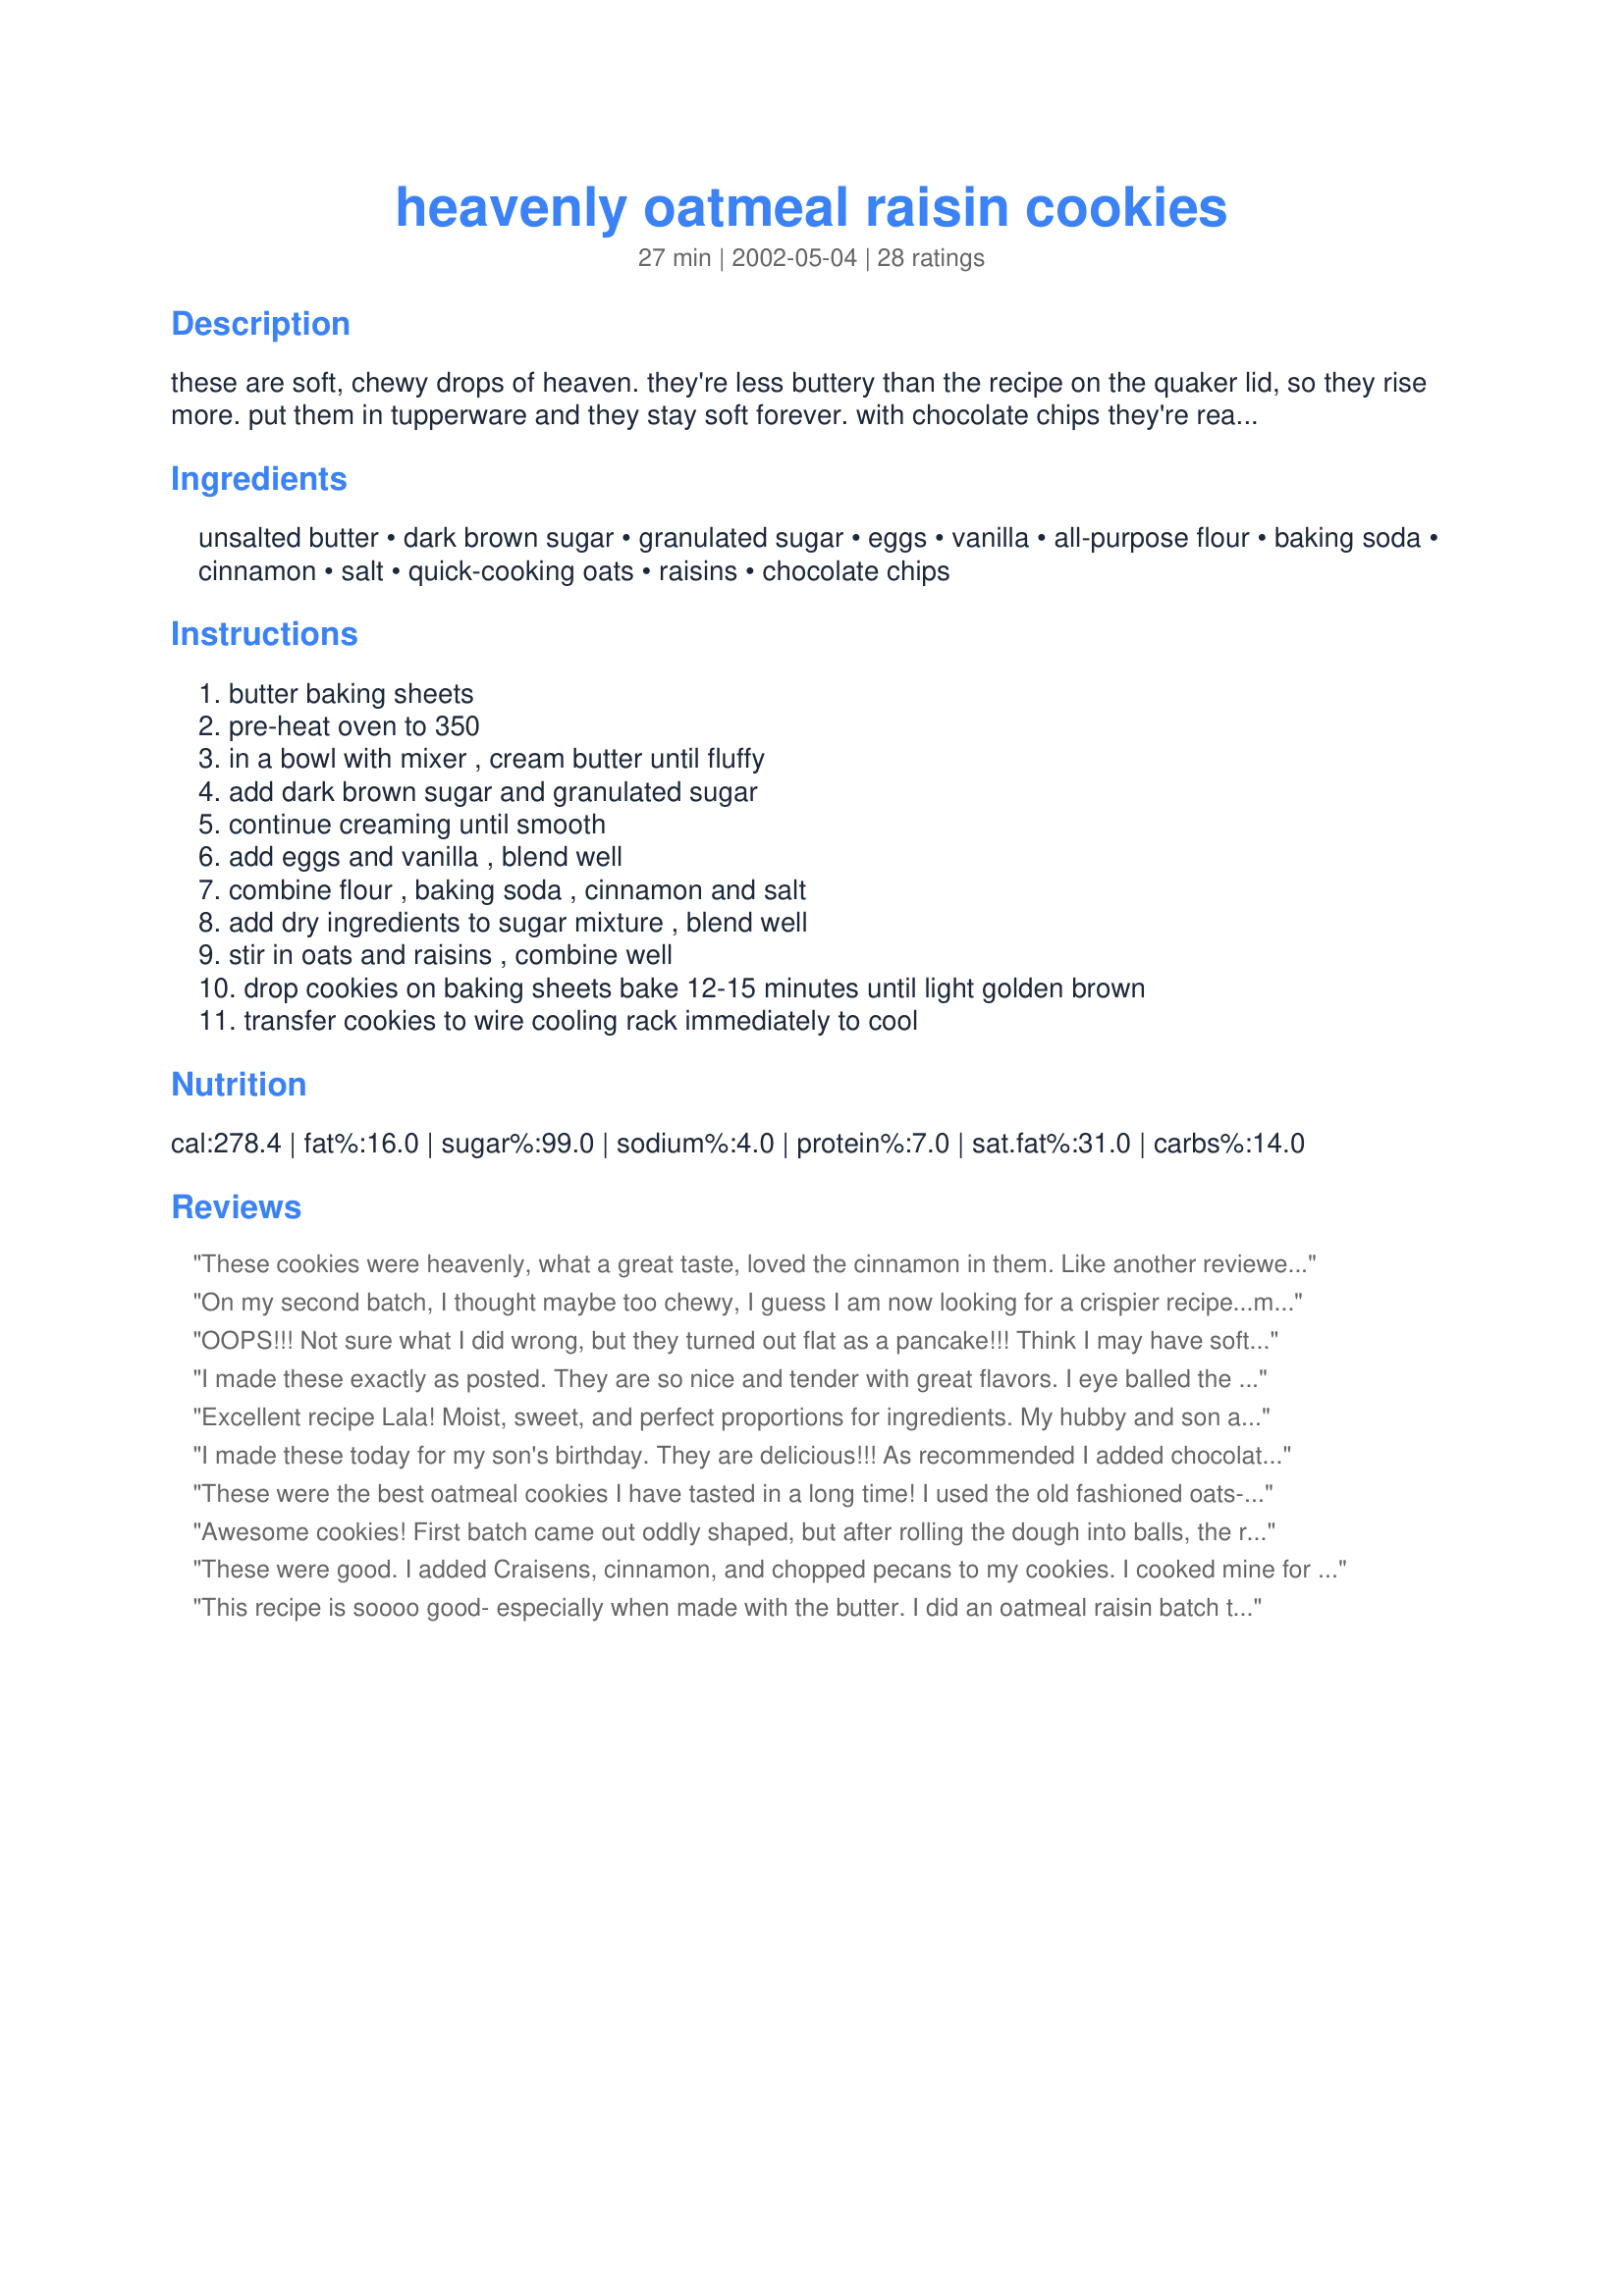
heavenly oatmeal raisin cookies
Preparation time: 27 minutes

these are soft, chewy drops of heaven. they're less buttery than the recipe on the quaker lid, so they rise more. put them in tupperware and they stay soft forever. with chocolate chips they're really sinful. they last a day in my house.

Ingredients:
unsalted butter, dark brown sugar, granulated sugar, eggs, vanilla, all-purpose flour, baking soda, cinnamon, salt, quick-cooking oats, raisins, chocolate chips

Steps:
butter baking sheets, pre-heat oven to 350, in a bowl with mixer , cream butter until fluffy, add dark brown sugar and granulated sugar, continue creaming until smooth, add eggs and vanilla , blend well, combine flour , baking soda , cinnamon and salt, add dry ingredients to sugar mixture , blend well, stir in oats and raisins , combine well, drop cookies on baking sheets bake 12-15 minutes until light golden brown, transfer cookies to wire cooling rack immediately to cool

Reviews:
These cookies were heavenly, what a great taste, loved the cinnamon in them. Like another reviewer posted, my first batch came out quite flat. I rolled them into balls on the next batch and they turned out perfect. The only subs I made were, I used light brown sugar, and I was out of butter so used margarine. You should have seen my family hit those cookies. They only lasted a day in my house too!
On my second batch, I thought maybe too chewy, I guess I am now looking for a crispier recipe...maybe it was a chef error, but I just didnt think they were so fantastic this time!
OOPS!!! Not sure what I did wrong, but they turned out flat as a pancake!!! Think I may have softened my butter too much? GREAT flavor though ( ate it with a fork when it came out of the oven. YUM) Could see how they would be heavenly if you make them right! Nobodys fault but my own :)
I made these exactly as posted. They are so nice and tender with great flavors. I eye balled the raisins so I might have added a few extra. I think next time I will add chocolate chips as well. Definately going in the keeper files. Thank you.
Excellent recipe Lala! Moist, sweet, and perfect proportions for ingredients. My hubby and son are allergic to eggs, so for an egg substitute I used 1/2 mashed banana and 2&1/2 tbs ground flaxseed+3tbs water. The cookies came out amazing. This will be my new turn to recipe for oatmeal raisin cookies.
I made these today for my son's birthday. They are delicious!!! As recommended I added chocolate chips. I also rolled them into a ball which helped because my first batch was flat. I also use parchment paper on my cookie sheet which eliminates buttering the cookie sheet. These I'm sure will become a favorite with my kids. Thanks LaLa for a great recipe!
These were the best oatmeal cookies I have tasted in a long time! I used the old fashioned oats-this gives them more texture, I hear.
Awesome cookies! First batch came out oddly shaped, but after rolling the dough into balls, the rest were perfect! I like that the oats soften very well in this recipe. Thanks, LaLa!
These were good. I added Craisens, cinnamon, and chopped pecans to my cookies. I cooked mine for nearly 20 minutes and they still never ended up quite as crunchy as I wanted them.
This recipe is soooo good- especially when made with the butter. I did an oatmeal raisin batch that was delicious, we ate them all up that night. So the next day I made a batch with choc. chips instead of raisins and margarine instead of butter. They were good too, but the ones with butter were truly heavenly. In both I used light brown sugar instead of dark since I didn't have any on hand. I dropped spoonfuls of dough onto the cookie sheet and got about 48 cookies out of the recipe. This is my new oatmeal cookie recipe!
not sure what i did, but these were very bland! i made a cinnamon glaze to put on top though. much better!
Gorgeous cookies! And I convinced myself they were healthy snacks rather than cookie treats!

I put in dried cherries, blueberries and apricots and that was a hit. I also used rolled oats (2 c) and that was fine. 

Delish! Great for my nephew who can't have nuts and me who likes to avoid gluten (note: cookies are not gluten-free)!
A very tasty cookie. I had a craving this week for oatmeal cookies and this recipe really hit the spot! Thank you so much. A new family favourite. I can't wait to try them with chocolate chips!
Just got finished making them...everyone is digging in, yum soooo good! Thanks
These cookies were so soft and chewy and oh so good. Just like the old fashioned ones my great grandma used to make. This is a definite keeper. thanks!
I made these yesterday and they are very good.....so good that today I had to make another batch...Thanks for posting :)...
WOW!!
Heavenly is an UNDERSTATEMENT!! These are so easy to prepare (1 bowl) and they come out so moist! I made one batch with just raisins and added the chocolate chips to the second batch - wonderful! My oven only needed 12 minutes for the cookies to come out golden brown. I really like these, very moist and plump as well as attractive. Great recipe, thanks for posting.
Really good. They were extra chewy and stayed big.
These were EXCELLENT cookies. I have actually never made oatmeal raisin cookies before and I was lucky to find the perfect recipe on the first shot! Everyone loved them and i have been asked to make them again today. I added dark chocolate mini chips with the raisins and made the cookies smaller than directed, used about 1 tbsp of dough per cookie. Good thing to as they still went very fast!!
What superb cookies! I would never have added cinnamon to oatmeal cookies before finding this recipe and now I think it will be a permanent addition. I didn't have any packed brown sugar, so I used 1 1/4 cups of a golden granulated sugar, plus two tablespoons molasses. The cookies are crunchy and soft at the same time -- pure heaven, as the name suggests!
Fantastic!!!! I took these to a dance and everyone raved about them. As one lady put it they are crisp on the outside and moist on the inside. I followed the recipe as written except I added extra cinnamon. This will be my oatmeal cookie for now on. Next time I will add chocolate chips. Thanks so much for sharing.
So yummy! I used salted butter and 2 cups of quick oats because that's what I had on hand. Mine were done in 12 minutes. Thanks for posting LaLa!
These are great cookies! I almost skipped this recipe because it makes 15 cookies. I didn't want giant cookies so I made them smaller and got about 30 cookies. These spread out as they bake - they are not thick cookies. Baked in 12 minutes. I didn't butter the baking sheet, but I let them cool about 30 seconds and then removed to the wire rack and they did not stick at all. I thought the flavor improved as they cooled. Next time I will increase the cinnamon. I'll have to try with chocolate chips sometime as well. Thanks, LaLa.
These cookies are wonderful, I made them to send to my son who is in the Navy and my daughter who is in college. I think I am going to have to make another batch or two. My husband and son-in-law are eating them all up!!! I subsituted light brown sugar for the dark (I didn't have dark and I rarely use it) and they turned out very very good. I also used some left over milk choc. instead of regular choc chips and another winner. Thanks LaLa for a wonderful recipe!!!!!
Great cookie recipe! They are soft and chewy. I added the chocolate chips and they really are addictive!
These cookies were FANTASTIC! I made them as a "Secret Santa" present and this recipe really is a keeper. Thank you so much for this easy and delicious recipe!
These are really great and very tasty. Surprisingly I had to increase the cooking time a little as they were coming out too soft and sinking instead of staying nice and puffed up! They still tasted great though!
These are great!! If any of you like cinnamon as much as we do...you should try half chocolate chips and half cinnamon chips....WONDERFUL
